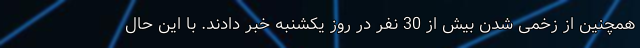
همچنین از زخمی شدن بیش از 30 نفر در روز یکشنبه خبر دادند. با این حال